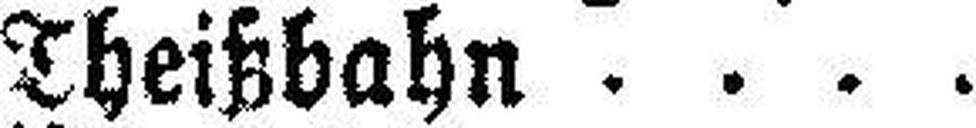
Theißbahn